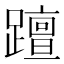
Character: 𨆁